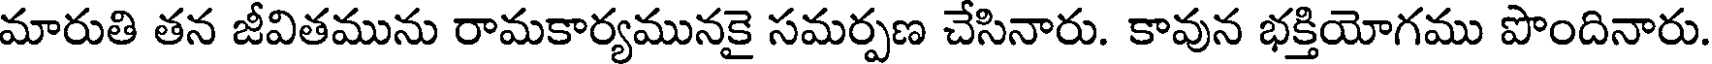
మారుతి తన జీవితమును రామకార్యమునకై సమర్పణ చేసినారు. కావున భక్తియోగము పొందినారు